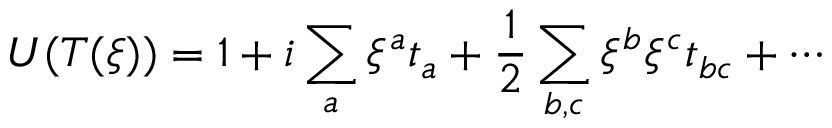
U ( T ( \xi ) ) = 1 + i \sum _ { a } \xi ^ { a } t _ { a } + { \frac { 1 } { 2 } } \sum _ { b , c } \xi ^ { b } \xi ^ { c } t _ { b c } + \cdots